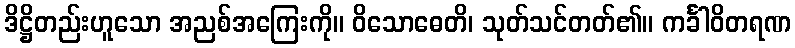
ဒိဋ္ဌိတည်းဟူသော အညစ်အကြေးကို။ ဝိသောဓေတိ၊ သုတ်သင်တတ်၏။ ကင်္ခါဝိတရဏ